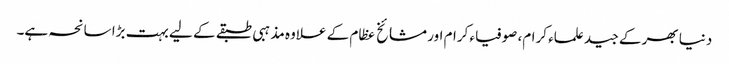
دنیا بھر کے جید علماء کرام، صوفیاء کرام اور مشائخ عظام کے علاوہ مذہبی طبقے کے لیے بہت بڑا سانحہ ہے۔